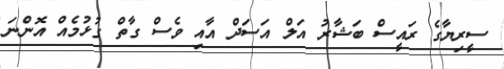
ސީރިޔާގެ ރައީސް ބަޝާރު އަލް އަސަދް އާއި ވެސް ގާތް ގުޅުމެއް އޮންނަ